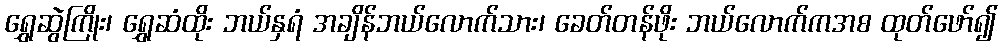
ရွှေဆွဲကြိုး၊ ရွှေဆံထိုး ဘယ်နှရံ အချိန်ဘယ်လောက်သား၊ ခေတ်တန်ဖိုး ဘယ်လောက်ကအစ ထုတ်ဖော်၍